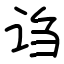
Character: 诌